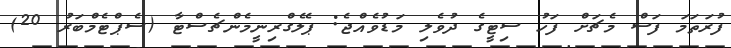
ފުރަތަމަ ފަސް މެޗަށް ފަހު ސިޓީގެ ދުވެލި މަޑުވެއްޖެ: ޕެލެގްރިނީމެންޗެސްޓާ (ސެޕްޓެމްބަރު 20)